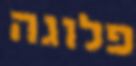
פלוגה